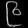
Digit: ၉